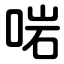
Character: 啱